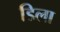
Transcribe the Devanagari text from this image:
डिला